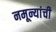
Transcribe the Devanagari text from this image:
नमून्यांची